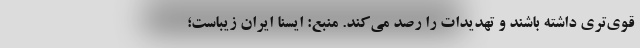
قوی‌تری داشته باشند و تهدیدات را رصد می‌کند. منبع: ایسنا ایران زیباست؛